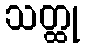
သတ္ထု